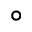
^ \circ